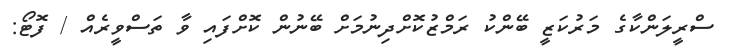
ސްރީލަންކާގެ މަރުކަޒީ ބޭންކު ރަމްޒުކޮށްދިނުމަށް ބޭނުން ކޮށްފައި ވާ ތަސްވީރެއް / ފޮޓޯ: